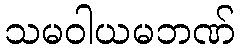
သမဝါယမဘဏ်